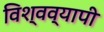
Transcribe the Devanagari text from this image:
विश्‍वव्‍यापी